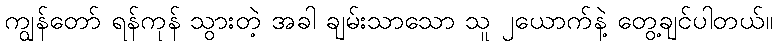
ကျွန်တော် ရန်ကုန် သွားတဲ့ အခါ ချမ်းသာသော သူ ၂ယောက်နဲ့ တွေ့ချင်ပါတယ်။